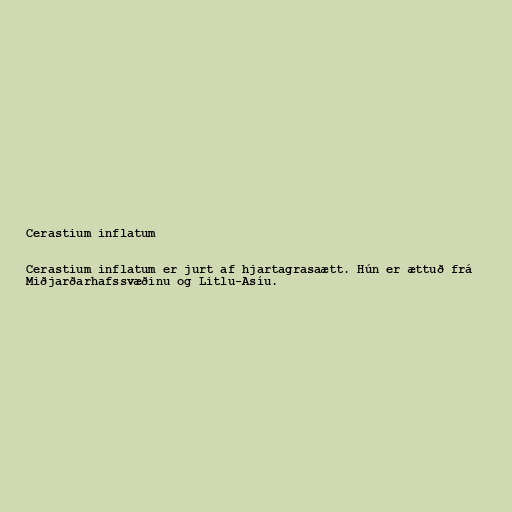
Cerastium inflatum

Cerastium inflatum er jurt af hjartagrasaætt. Hún er ættuð frá
Miðjarðarhafssvæðinu og Litlu-Asíu.